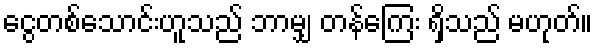
ငွေတစ်သောင်းဟူသည် ဘာမျှ တန်ကြေး ရှိသည် မဟုတ်။